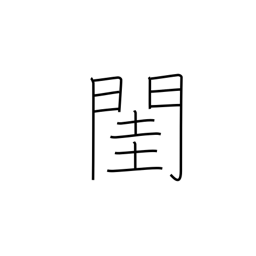
Meaning: bedroom